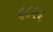
૬૮૯૬